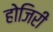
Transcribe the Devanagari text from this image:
होजिरी